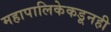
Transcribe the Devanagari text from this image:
महापालिकेकडूनही